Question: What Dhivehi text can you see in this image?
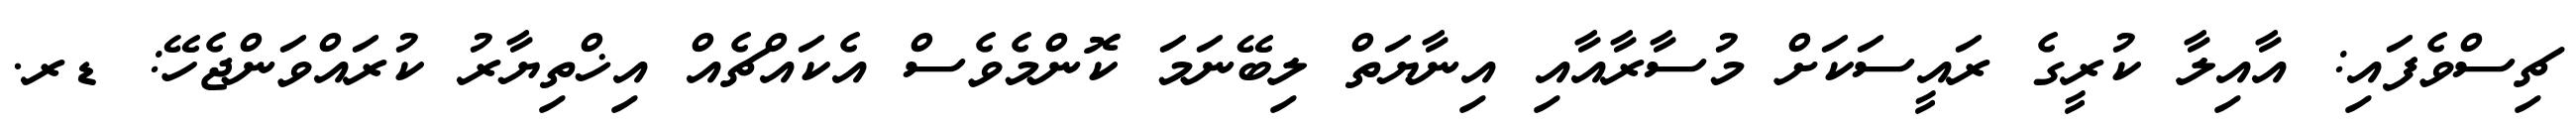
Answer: ޗިސްވެފައި: އާއިލާ ކުރީގެ ރައީސަކަށް މުސާރާއާއި އިނާޔަތް ލިބޭނަމަ ކޮންމެވެސް އެކައްޗެއް އިޚްތިޔާރު ކުރައްވަންޖެހޭ: ޑރ.